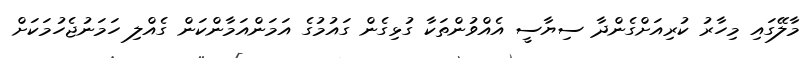
މާލޭގައި މިހާރު ކުރިއަށްގެންދާ ސިޔާސީ އެއްވުންތަކާ ގުޅިގެން ގައުމުގެ އަމަންއަމާންކަން ގެއްލި ހަމަނުޖެހުމަކަށް